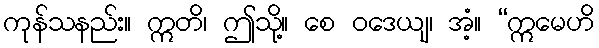
ကုန်သနည်း။ ဣတိ၊ ဤသို့။ စေ ဝဒေယျ၊ အံ့။ “ဣမေဟိ